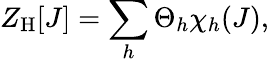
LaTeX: Z_{\mathrm{H}}[J]=\sum_{h}\Theta_{h}\chi_{h}(J),